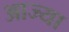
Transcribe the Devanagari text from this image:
आज्या